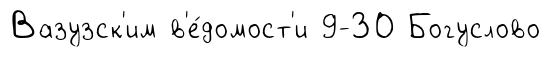
Вазузск'им в'е́домост'и 9-ЗО Богуслово